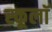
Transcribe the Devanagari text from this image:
स्कूलॉ